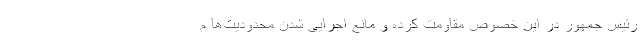
رئیس جمهور در این خصوص مقاومت کرده و مانع اجرایی شدن محدودیت‌ها م